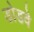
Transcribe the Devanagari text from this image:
डोडवे